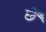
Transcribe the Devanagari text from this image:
छेँ